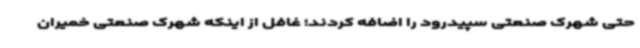
حتی شهرک صنعتی سپیدرود را اضافه کردند؛ غافل از اینکه شهرک صنعتی خمیران